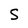
Character: S